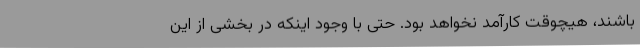
باشند، هیچوقت کارآمد نخواهد بود. حتی با وجود اینکه در بخشی از این